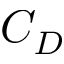
C _ { D }